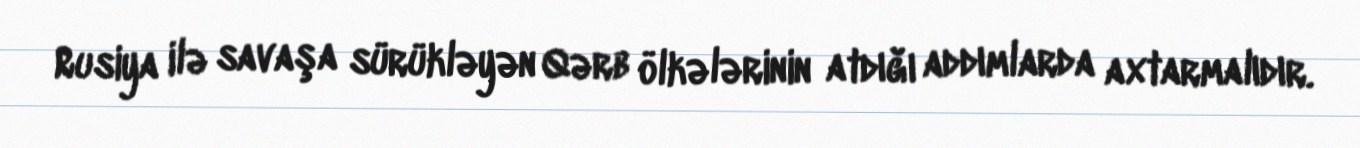
Rusiya ilə savaşa sürükləyən Qərb ölkələrinin atdığı addımlarda axtarmalıdır.